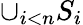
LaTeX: \cup_{i<n}S_{i}